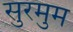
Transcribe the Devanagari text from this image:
सुरमुम